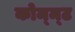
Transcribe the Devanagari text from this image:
कोम्म्ट